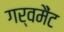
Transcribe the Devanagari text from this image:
गर्वमैंट